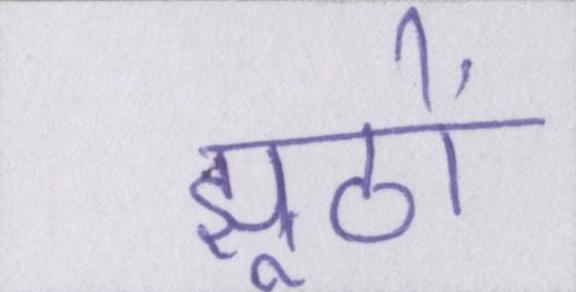
झूठों